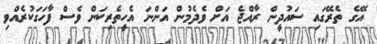
އޭގެ ތެރޭގައި ސައުދީން ރާއްޖެ އަށް ވެދެމުން އަންނަ އެހީތެރިކަން ވެސް ފާހަގަކުރެއްވި